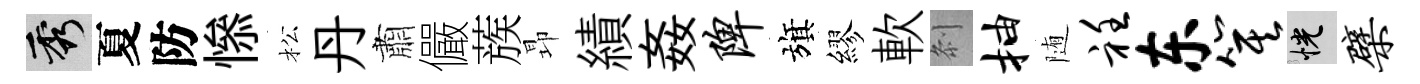
秀夏防𢡖松丹肅儼蔟昻績姦陴旗繆軟𠛴抽随衽东箕恍檗